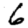
Digit: 6